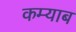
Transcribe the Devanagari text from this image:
कम्याब